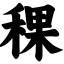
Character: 稞